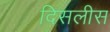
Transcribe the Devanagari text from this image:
दिसलीस